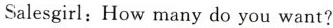
Salesgirl:How many do you want?